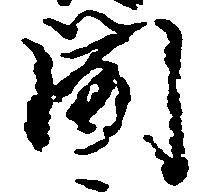
聞